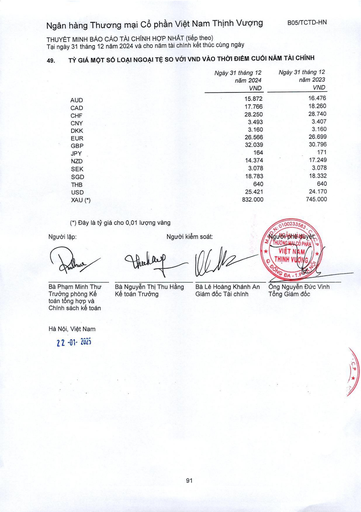
||Ngày 31 tháng 12 năm 2024 VND|Ngày 31 tháng 12 năm 2023 VND| |---|---|---| |AUD|15.872|16.476| |CAD|17.766|18.260| |CHF|28.250|28.740| |CNY|3.493|3.407| |DKK|3.160|3.160| |EUR|26.566|26.699| |GBP|32.039|30.796| |JPY|164|171| |NZD|14.374|17.249| |SEK|3.078|3.078| |SGD|18.783|18.332| |THB|640|640| |USD|25.421|24.170| |XAU (*)|832.000|745.000|